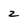
Character: Z